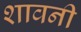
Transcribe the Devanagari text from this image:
शावनी